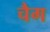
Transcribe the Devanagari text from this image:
चैग